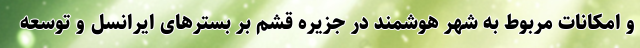
و امکانات مربوط به شهر هوشمند در جزیره قشم بر بسترهای ایرانسل و توسعه